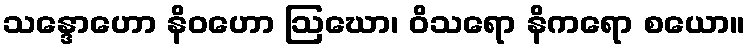
သန္ဒောဟော နိဝဟော ဩဃော၊ ဝိသရော နိကရော စယော။